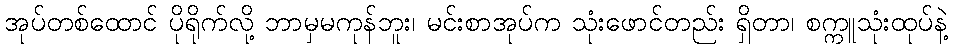
အုပ်တစ်ထောင် ပိုရိုက်လို့ ဘာမှမကုန်ဘူး၊ မင်းစာအုပ်က သုံးဖောင်တည်း ရှိတာ၊ စက္ကူသုံးထုပ်နဲ့